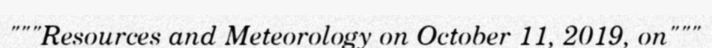
"""Resources and Meteorology on October 11, 2019, on"""